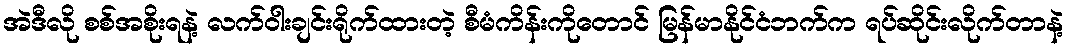
အဲဒီလို စစ်အစိုးရနဲ့ လက်ဝါးချင်းရိုက်ထားတဲ့ စီမံကိန်းကိုတောင် မြန်မာနိုင်ငံဘက်က ရပ်ဆိုင်းလိုက်တာနဲ့